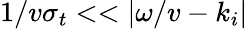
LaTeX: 1/v\sigma_{t}<<|\omega/v-k_{i}|